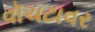
વૉચટાવર